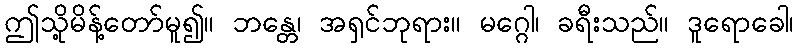
ဤသို့မိန့်တော်မူ၍။ ဘန္တေ၊ အရှင်ဘုရား။ မဂ္ဂေါ၊ ခရီးသည်။ ဒူရောခေါ၊